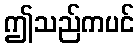
ဤသည်ကပင်